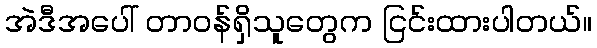
အဲဒီအပေါ် တာဝန်ရှိသူတွေက ငြင်းထားပါတယ်။